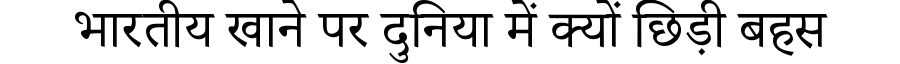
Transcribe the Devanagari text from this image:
भारतीय खाने पर दुनिया में क्यों छिड़ी बहस